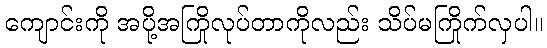
ကျောင်းကို အပို့အကြိုလုပ်တာကိုလည်း သိပ်မကြိုက်လှပါ။